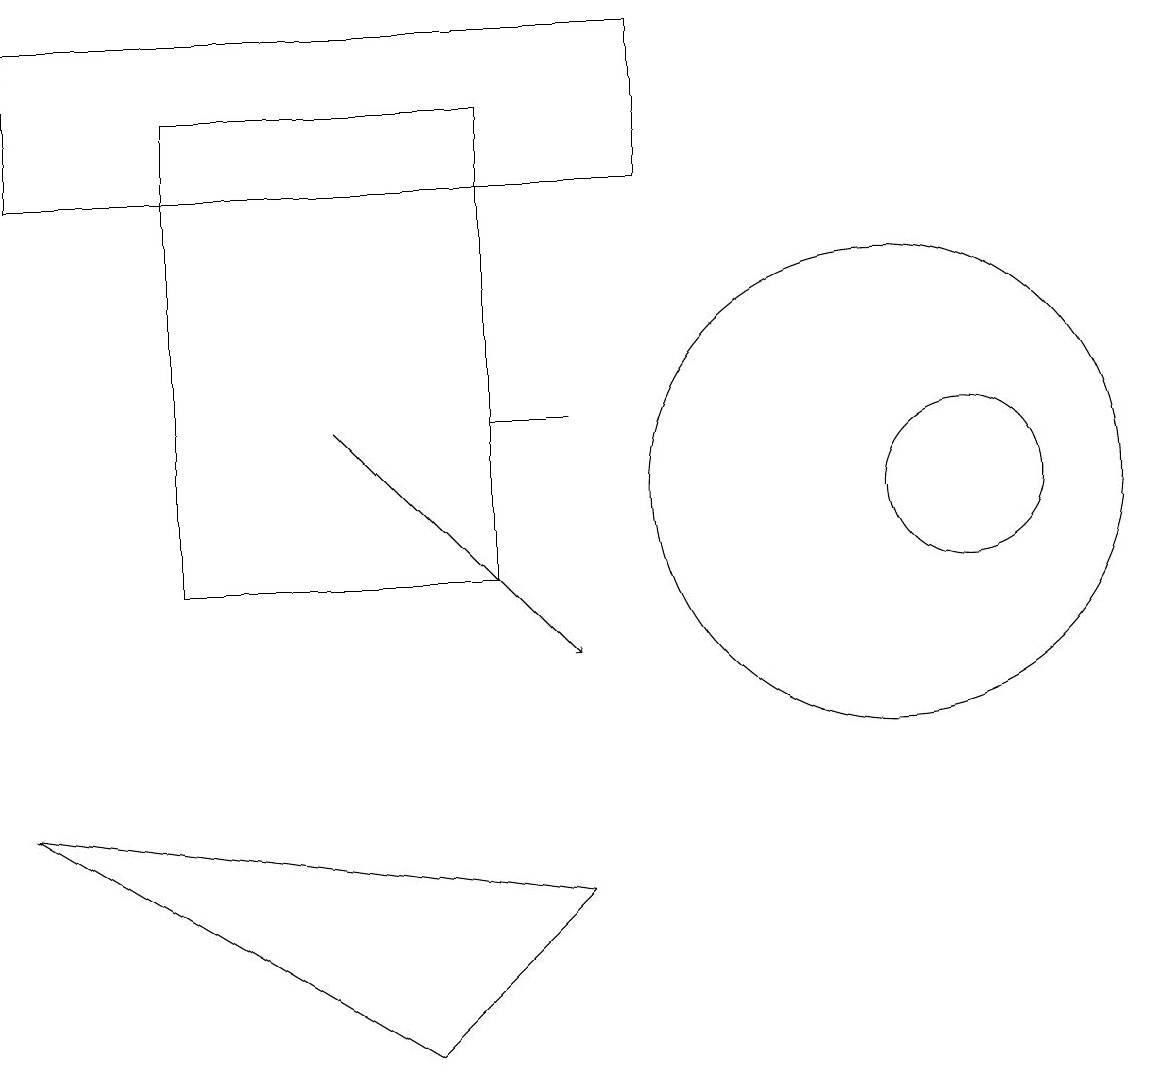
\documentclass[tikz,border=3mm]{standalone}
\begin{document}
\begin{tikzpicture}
\draw[->] (4,13) -- (7,10);
\draw (11,12) circle (3);
\draw (5,5) -- (7,7) -- (0,8) -- cycle;
\draw (0,16) rectangle (8,18);
\draw (6,11) rectangle (2,17);
\draw (12,12) circle (1);
\draw (6,13) rectangle (7,13);
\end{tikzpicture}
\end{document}